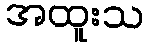
အထူးသ